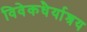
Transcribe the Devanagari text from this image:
विवेकधैर्याश्रय